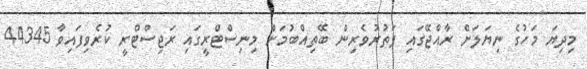
މިދިޔަ މަހުގެ ނިޔަލަށް ރާއްޖޭގައި ފަތުރުވެރިން ބޭތިއްބުމަށް މިނިސްޓްރީގައި ރަޖިސްޓްރީ ކުރެވިފައިވާ 44345